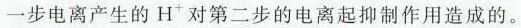
一步电离产生的H^{+}对第二步的电离起抑作用造成的。